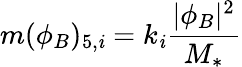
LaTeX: m(\phi_{B})_{5,\mathit{i}}=k_{\mathit{i}}\frac{{|\phi_{B}|^{2}}}{{M_{*}}}